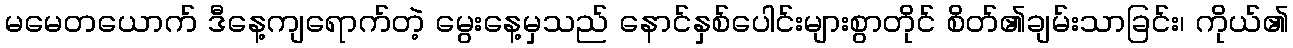
မမေတယောက် ဒီနေ့ကျရောက်တဲ့ မွေးနေ့မှသည် နောင်နှစ်ပေါင်းများစွာတိုင် စိတ်၏ချမ်းသာခြင်း၊ ကိုယ်၏